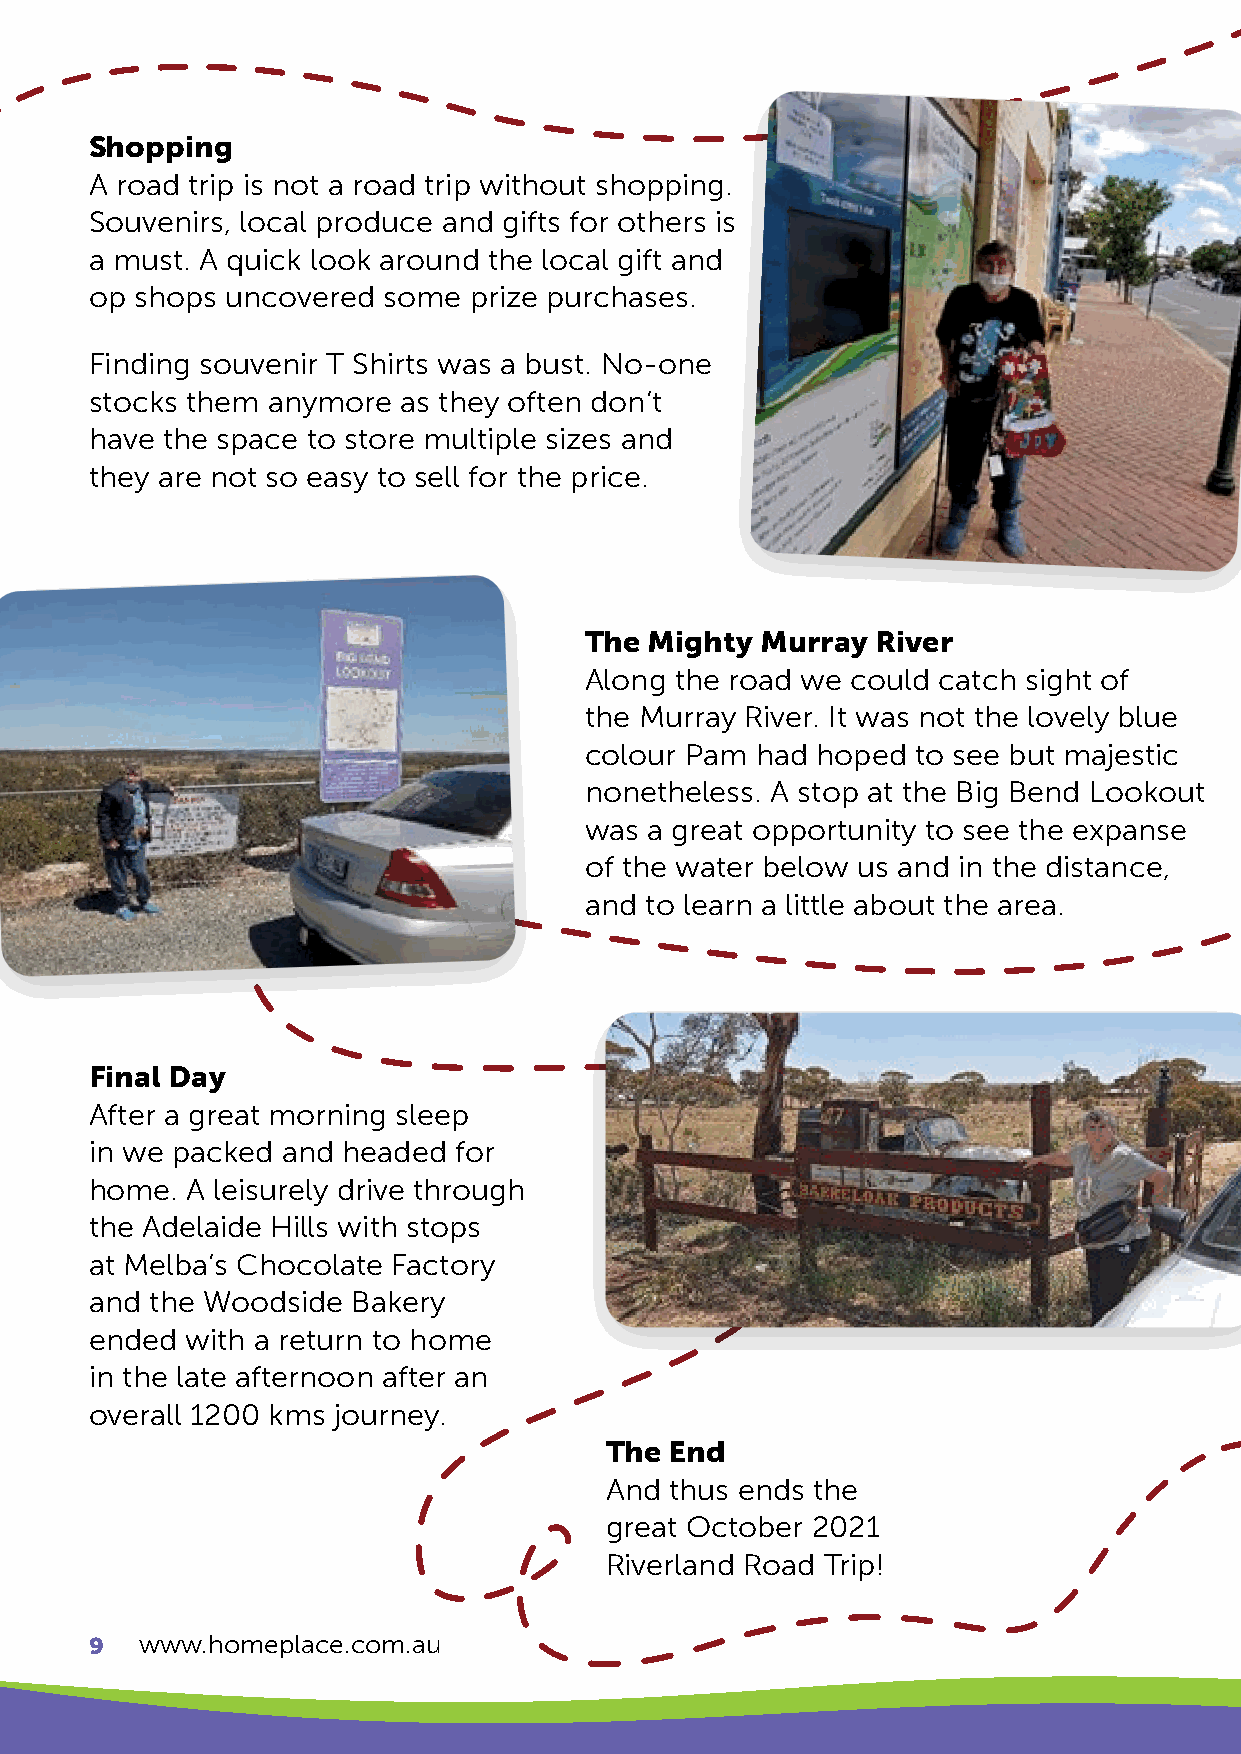
Shopping
 A road trip is not a road trip without shopping.
 Souvenirs, local produce and gifts for others is
 a must. A quick look around the local gift and
 op shops uncovered some  prize purchases.
 Finding souvenir T Shirts was a bust. No-one
 stocks them anymore  as they often don’t
 have the space to store multiple sizes and
 they are not so easy to sell for the price.
 The Mighty Murray  River
 Along the road we could catch sight of
 the Murray River. It was not the lovely blue
 colour Pam had hoped  to see but majestic
 nonetheless. A stop at the Big Bend Lookout
 was a great opportunity to see the expanse
 of the water below us and in the distance,
 and to learn a little about the area.
 Final Day
 After a great morning sleep
 in we packed and headed for
 home. A leisurely drive through
 the Adelaide Hills with stops
 at Melba’s Chocolate Factory
 and the Woodside Bakery
 ended with a return to home
 in the late afternoon after an
 overall 1200 kms journey.
 The End
 And thus ends the
 great October 2021
 Riverland Road Trip!
 9  www.homeplace.com.au